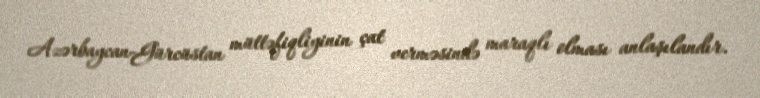
Azərbaycan-Gürcüstan müttəfiqliyinin çat verməsində maraqlı olması anlaşılandır.